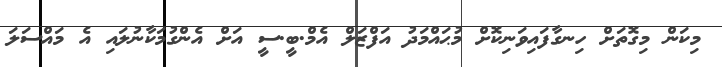
މިކަން މިގޮތަށް ހިނގާފައިވަނިކޮށް މުޙައްމަދު އަފްޒަލް އެމް.ބީ.ސީ އަށް އެންގުމަކާނުލައި އެ މައްސަލަ